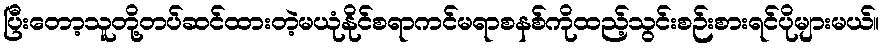
ပြီးတော့သူတို့တပ်ဆင်ထားတဲ့မယုံနိုင်စရာကင်မရာစနစ်ကိုထည့်သွင်းစဉ်းစားရင်ပိုများမယ်။